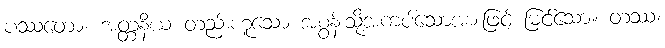
ပဿတော၊ အတ္တနိယ တည်းဟူသော အစွန်းသို့အကပ်သောအားဖြင့် မြင်သော။ တဿ၊